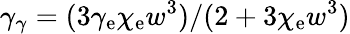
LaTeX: \gamma_{\gamma}=(3\gamma_{\mathrm{e}}\chi_{\mathrm{e}}w^{3})/(2+3\chi_{\mathrm{e}}w^{3})